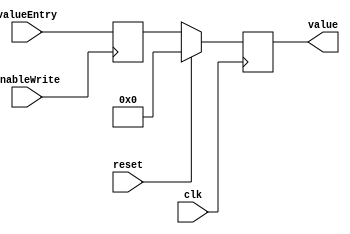
`timescale 1ns / 1ps

module Register(
	input wire clk, reset,
	input [15:0] valueEntry,
	input enableWrite,
	output reg [15:0] value
);
    reg [15:0] valueNext;

always @(posedge clk) 
	begin
		if(reset)
			value <= 16'b0;
		else
			value <= valueNext;
	end

always @(posedge enableWrite)
begin
		valueNext <= valueEntry;
end

endmodule